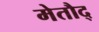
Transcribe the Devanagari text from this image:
मेतौद्